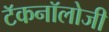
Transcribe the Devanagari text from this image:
टॅकनॉलोजी